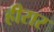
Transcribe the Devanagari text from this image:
हीरार